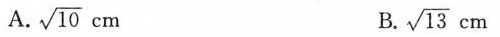
A. \sqrt{10} cm B. \sqrt{13} cm